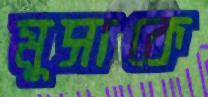
মুসাকে